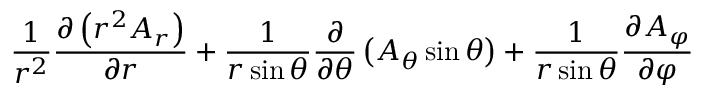
{ \frac { 1 } { r ^ { 2 } } } { \frac { \partial \left( r ^ { 2 } A _ { r } \right) } { \partial r } } + { \frac { 1 } { r \sin \theta } } { \frac { \partial } { \partial \theta } } \left( A _ { \theta } \sin \theta \right) + { \frac { 1 } { r \sin \theta } } { \frac { \partial A _ { \varphi } } { \partial \varphi } }